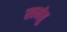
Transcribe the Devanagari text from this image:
खमंतु